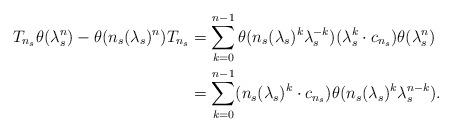
LaTeX: \begin{align*}T_{n_s}\theta(\lambda_s^n) - \theta(n_s(\lambda_s)^n)T_{n_s}& =\sum_{k = 0}^{n - 1}\theta(n_s(\lambda_s)^k\lambda_s^{-k})(\lambda_s^k\cdot c_{n_s})\theta(\lambda_s^n)\\& = \sum_{k = 0}^{n - 1}(n_s(\lambda_s)^k\cdot c_{n_s})\theta(n_s(\lambda_s)^k\lambda_s^{n-k}).\end{align*}